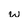
Character: w